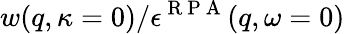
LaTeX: w(q,\kappa=0)/\epsilon^{\mathrm{~R~P~A~}}(q,\omega=0)